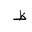
Letter: _za